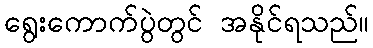
ရွေးကောက်ပွဲတွင် အနိုင်ရသည်။